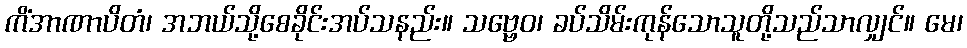
ကိံအာဏာပိတံ၊ အဘယ်သို့စေခိုင်းအပ်သနည်း။ သဗ္ဗေဝ၊ ခပ်သိမ်းကုန်သောသူတို့သည်သာလျှင်။ မေ၊